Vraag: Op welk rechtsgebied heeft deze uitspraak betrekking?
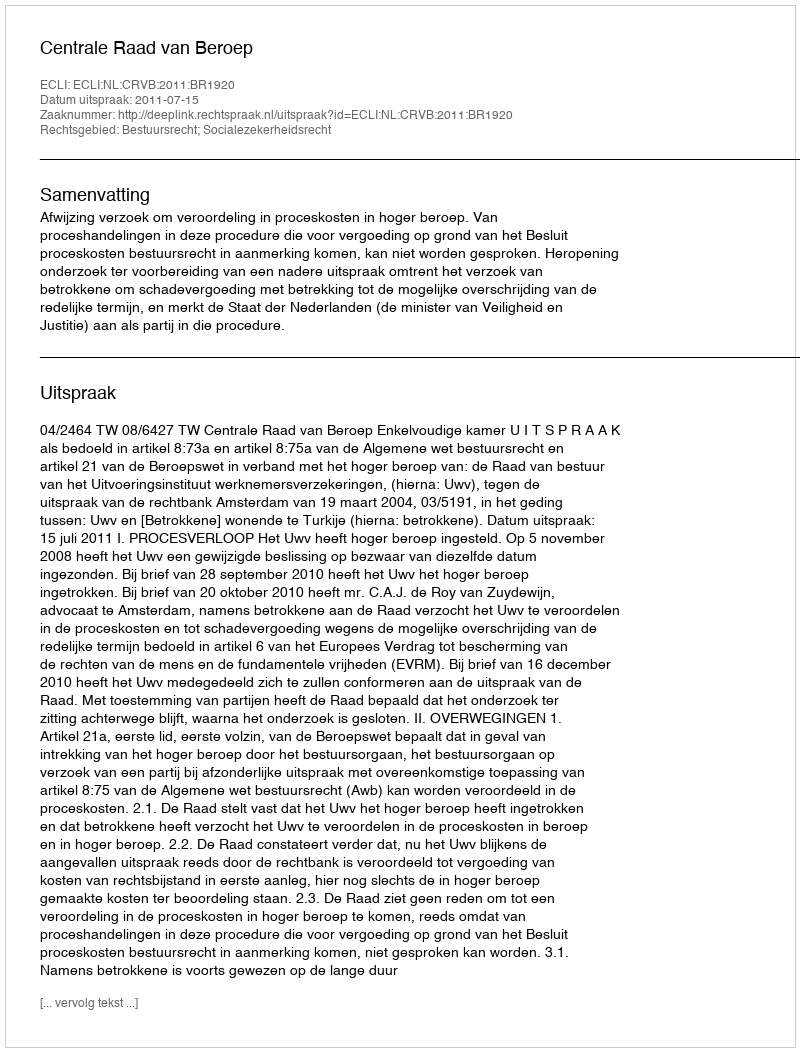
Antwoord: Bestuursrecht; Socialezekerheidsrecht